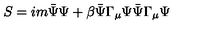
S = i m \bar { \Psi } \Psi + \beta \bar { \Psi } \Gamma _ { \mu } \Psi \bar { \Psi } \Gamma _ { \mu } \Psi